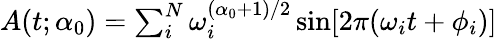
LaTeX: \begin{array}{r}{A(t;\alpha_{0})=\sum_{i}^{N}\omega_{i}^{(\alpha_{0}+1)/2}\sin[2\pi(\omega_{i}t+\phi_{i})]}\end{array}